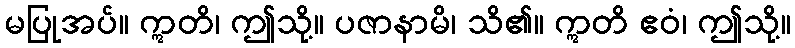
မပြုအပ်။ ဣတိ၊ ဤသို့။ ပဇာနာမိ၊ သိ၏။ ဣတိ ဧဝံ၊ ဤသို့။